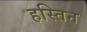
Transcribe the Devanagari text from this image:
हस्तिन